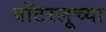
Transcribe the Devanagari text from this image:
वॉटरलूच्या